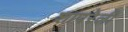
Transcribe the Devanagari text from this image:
शापरेली